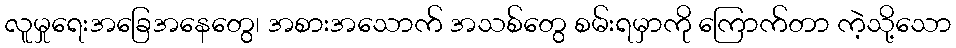
လူမှုရေးအခြေအနေတွေ၊ အစားအသောက် အသစ်တွေ စမ်းရမှာကို ကြောက်တာ ကဲ့သို့သော